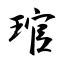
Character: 琯